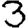
Digit: 3